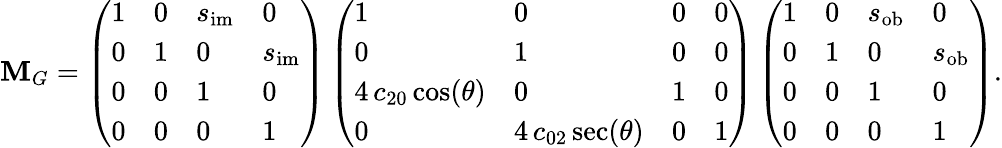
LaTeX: \mathbf{M}_{G}=\left(\begin{array}{llll}{1}&{0}&{s_{\mathrm{im}}}&{0}\\ {0}&{1}&{0}&{s_{\mathrm{im}}}\\ {0}&{0}&{1}&{0}\\ {0}&{0}&{0}&{1}\end{array}\right)\left(\begin{array}{llll}{1}&{0}&{0}&{0}\\ {0}&{1}&{0}&{0}\\ {4\, c_{20}\cos(\theta)}&{0}&{1}&{0}\\ {0}&{4\, c_{02}\sec(\theta)}&{0}&{1}\end{array}\right)\left(\begin{array}{llll}{1}&{0}&{s_{\mathrm{ob}}}&{0}\\ {0}&{1}&{0}&{s_{\mathrm{ob}}}\\ {0}&{0}&{1}&{0}\\ {0}&{0}&{0}&{1}\end{array}\right).